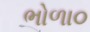
ભોળા૦